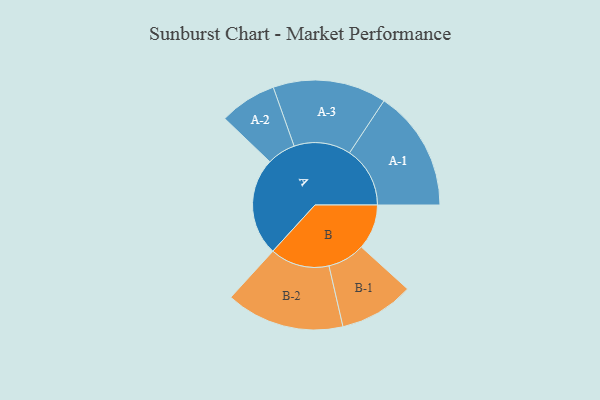
{"axis": {"x": "Segment", "y": "Value"}, "legend": ["", "A", "B"], "data": [{"x": "A", "y": 472, "type": ""}, {"x": "B", "y": 218, "type": ""}, {"x": "A-1", "y": 292, "type": "A"}, {"x": "A-2", "y": 138, "type": "A"}, {"x": "A-3", "y": 274, "type": "A"}, {"x": "B-1", "y": 180, "type": "B"}, {"x": "B-2", "y": 286, "type": "B"}]}